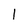
Character: 1